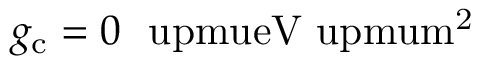
g _ { \mathrm { c } } = 0 ~ \mathrm { \ u p m u e V \ u p m u m ^ { 2 } }